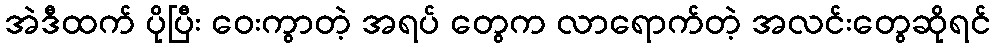
အဲဒီထက် ပိုပြီး ဝေးကွာတဲ့ အရပ် တွေက လာရောက်တဲ့ အလင်းတွေဆိုရင်